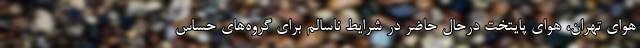
هوای تهران، هوای پایتخت درحال حاضر در شرایط ناسالم برای گروه‌های حساس